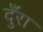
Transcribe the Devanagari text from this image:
दुँरा